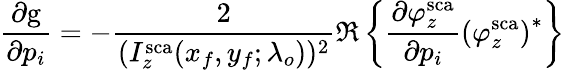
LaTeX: \frac{\partial\mathrm{g}}{\partial p_{i}}=-\frac{2}{(I_{z}^{\mathrm{sca}}(x_{f},y_{f};\lambda_{o}))^{2}}\Re\left\{ \frac{\partial\varphi_{z}^{\mathrm{sca}}}{\partial p_{i}}\left(\varphi_{z}^{\mathrm{sca}}\right)^{*}\right\}